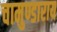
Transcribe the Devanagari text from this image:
चामुण्डाराय